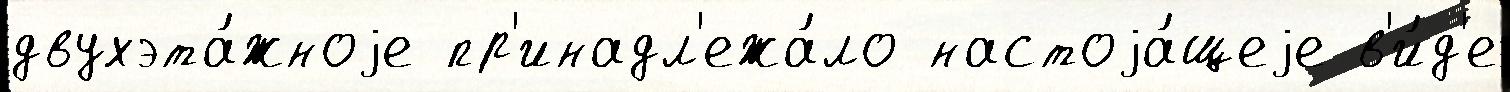
двухэта́жноjе пр'инадл'ежа́ло настоjа́щеjе в'и́д'е